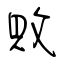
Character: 敗